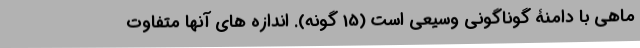
ماهی با دامنۀ گوناگونی وسیعی است (15 گونه). اندازه های آنها متفاوت